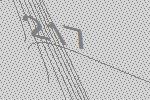
217